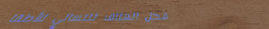
محل العثاف للتسالي للأطفا